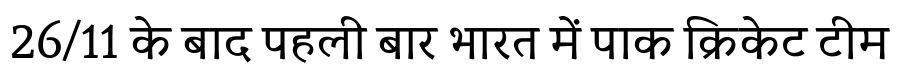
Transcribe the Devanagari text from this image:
26/11 के बाद पहली बार भारत में पाक क्रिकेट टीम